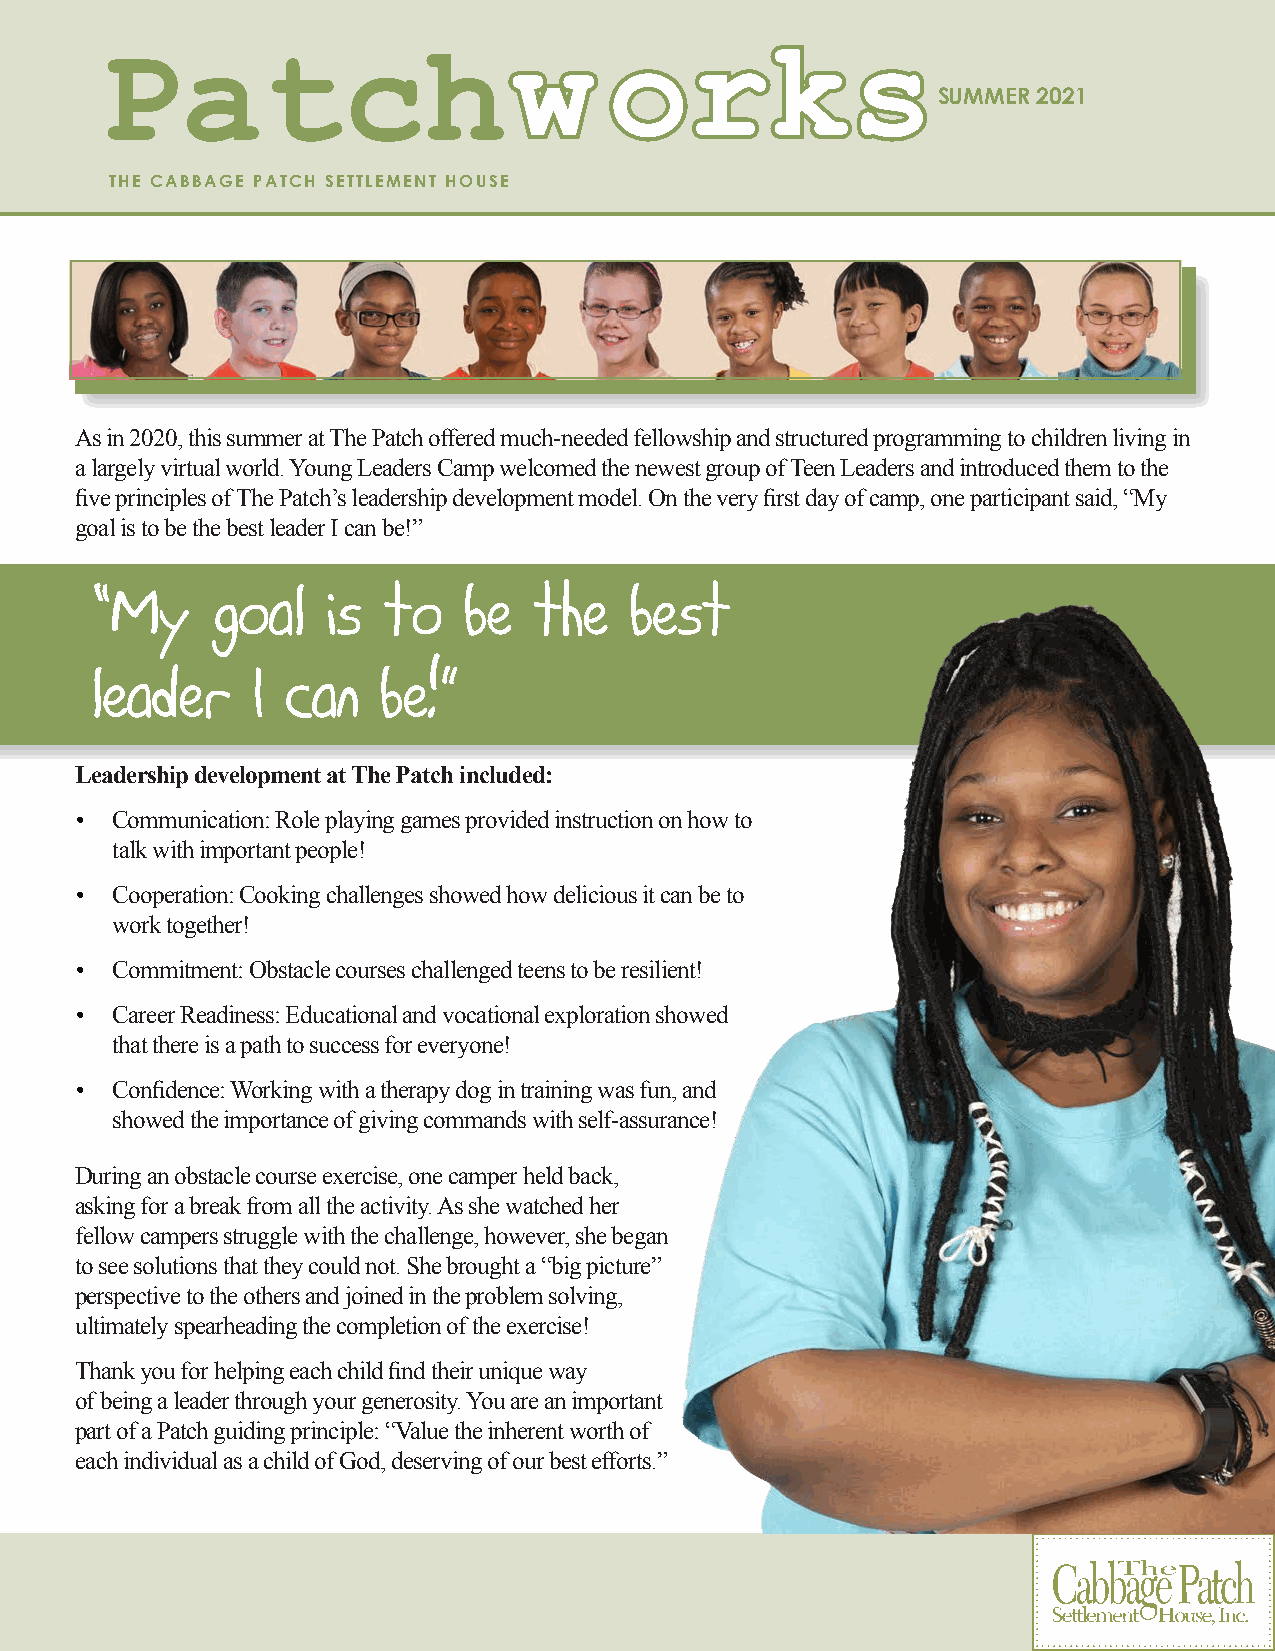
SUMMER 2021
 Patch                      ww    oo    r rkkss
 THE CABBAGE PATCH SETTLEMENT HOUSE
 As in 2020, this summer at The Patch offered much-needed fellowship and structured programming to children living in
 a largely virtual world. Young Leaders Camp welcomed the newest group of Teen Leaders and introduced them to the
 five principles of The Patch’s leadership development model. On the very first day of camp, one participant said, “My
 goal is to be the best leader I can be!”
 “My     goal    is to    be  the    best
 leader     I can   be!”
 Leadership development at The Patch included:
 • Communication: Role playing games provided instruction on how to
 talk with important people!
 • Cooperation: Cooking challenges showed how delicious it can be to
 work together!
 • Commitment: Obstacle courses challenged teens to be resilient!
 • Career Readiness: Educational and vocational exploration showed
 that there is a path to success for everyone!
 • Confidence: Working with a therapy dog in training was fun, and
 showed the importance of giving commands with self-assurance!
 During an obstacle course exercise, one camper held back,
 asking for a break from all the activity. As she watched her
 fellow campers struggle with the challenge, however, she began
 to see solutions that they could not. She brought a “big picture”
 perspective to the others and joined in the problem solving,
 ultimately spearheading the completion of the exercise!
 Thank you for helping each child find their unique way
 of being a leader through your generosity. You are an important
 part of a Patch guiding principle: “Value the inherent worth of
 each individual as a child of God, deserving of our best efforts.”